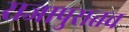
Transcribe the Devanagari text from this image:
राजापुरातच